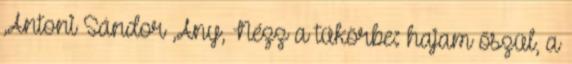
,Antoni Sándor ,Any, Nézz a tükörbe: hajam őszül, a